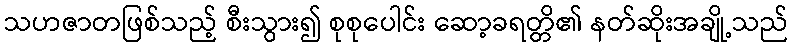
သဟဇာတဖြစ်သည့် စီးသွား၍ စုစုပေါင်း ဆော့ခရတ္တိ၏ နတ်ဆိုးအချို့သည်